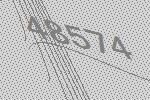
48574